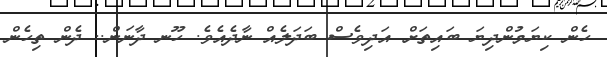
ހެން ކިޔަމުންދިޔަ ބައިތަށް އަދިވެސް ބަދަލެއް ނާދެއެވެ. ހޫނ ދާނަން.. ދެން ތިހެން